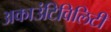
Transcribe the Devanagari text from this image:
अकाउंटिविलिटी